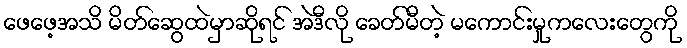
ဖေဖေ့အသိ မိတ်ဆွေထဲမှာဆိုရင် အဲဒီလို ခေတ်မီတဲ့ မကောင်းမှုကလေးတွေကို